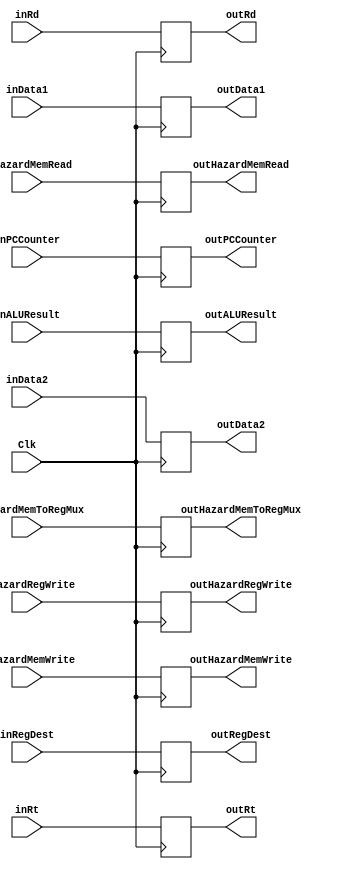
`timescale 1ns / 1ps
//////////////////////////////////////////////////////////////////////////////////
// Company: University of Arizona
// 
// Design Name: 
// Module Name: pipelineIFID
//////////////////////////////////////////////////////////////////////////////////


module pipelineEXMEM(Clk, inRegDest, inALUResult, inData2, inRd, inRt, inData1, inPCCounter,
                        outRegDest, outALUResult, outData2,outRd, outRt, outData1, outPCCounter,
                        inHazardRegWrite, inHazardMemRead, inHazardMemWrite,  inHazardMemToRegMux,
                        outHazardRegWrite, outHazardMemRead, outHazardMemWrite,  outHazardMemToRegMux);
                                      
    //Input signal               
    input Clk;
    input [4:0] inRegDest, inRd, inRt;
    input [31:0] inALUResult, inData2, inData1, inPCCounter;
    //Output signal
    output reg [4:0] outRegDest, outRd, outRt;
    output reg [31:0] outALUResult, outData2, outData1, outPCCounter;
    //Selector signal
    input inHazardRegWrite;
    input [1:0] inHazardMemRead, inHazardMemWrite;
    input [2:0] inHazardMemToRegMux;
    output reg outHazardRegWrite;
    output reg [1:0] outHazardMemRead, outHazardMemWrite;
    output reg [2:0] outHazardMemToRegMux;
    
    always @ (posedge Clk)
    begin
        //lmfao good luck
        //if (inHazardWB != 0 && inHazardM != 0)
        //begin
            outRegDest <= inRegDest;
            outALUResult <= inALUResult;
            outData2 <= inData2;
            outRd <= inRd;
            outRt <= inRt;
            outData1 <= inData1;
            outPCCounter <= inPCCounter;
        //end
        outHazardRegWrite <= inHazardRegWrite;
        outHazardMemRead <= inHazardMemRead;
        outHazardMemWrite <= inHazardMemWrite;
        outHazardMemToRegMux <= inHazardMemToRegMux;
    end
    
endmodule